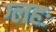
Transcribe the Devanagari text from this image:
ग्लहः